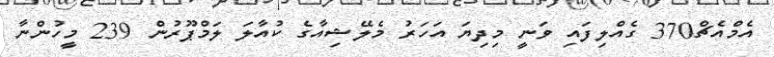
އެމްއެޗް370 ގެއްލިފައި ވަނީ މިދިޔަ އަހަރު މެލޭޝިއާގެ ކުއާލަ ލަމްޕޫރުން 239 މީހުންނާ